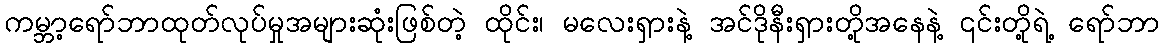
ကမ္ဘာ့ရော်ဘာထုတ်လုပ်မှုအများဆုံးဖြစ်တဲ့ ထိုင်း၊ မလေးရှားနဲ့ အင်ဒိုနီးရှားတို့အနေနဲ့ ၎င်းတို့ရဲ့ ရော်ဘာ